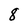
Character: 8